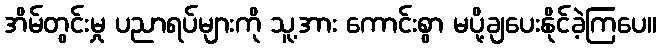
အိမ်တွင်းမှု ပညာရပ်များကို သူ့အား ကောင်းစွာ မပို့ချပေးနိုင်ခဲ့ကြပေ။